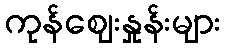
ကုန်ဈေးနှုန်းများ